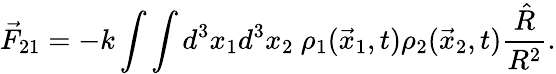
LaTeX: \vec{F}_{21}=-k\int\int d^{3}x_{1}d^{3}x_{2}\ \rho_{1}(\vec{x}_{1},t)\rho_{2}(\vec{x}_{2},t)\frac{\hat{R}}{R^{2}}.